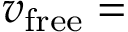
v _ { \mathrm { f r e e } } =